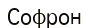
Софрон